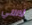
لاسي